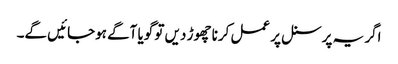
اگر یہ پرسنل پر عمل کرنا چھوڑ دیں تو گویا آگے ہوجائیں گے۔